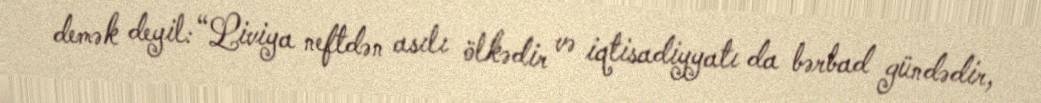
demək deyil: “Liviya neftdən asılı ölkədir və iqtisadiyyatı da bərbad gündədir,